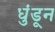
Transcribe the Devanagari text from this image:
धुंडून